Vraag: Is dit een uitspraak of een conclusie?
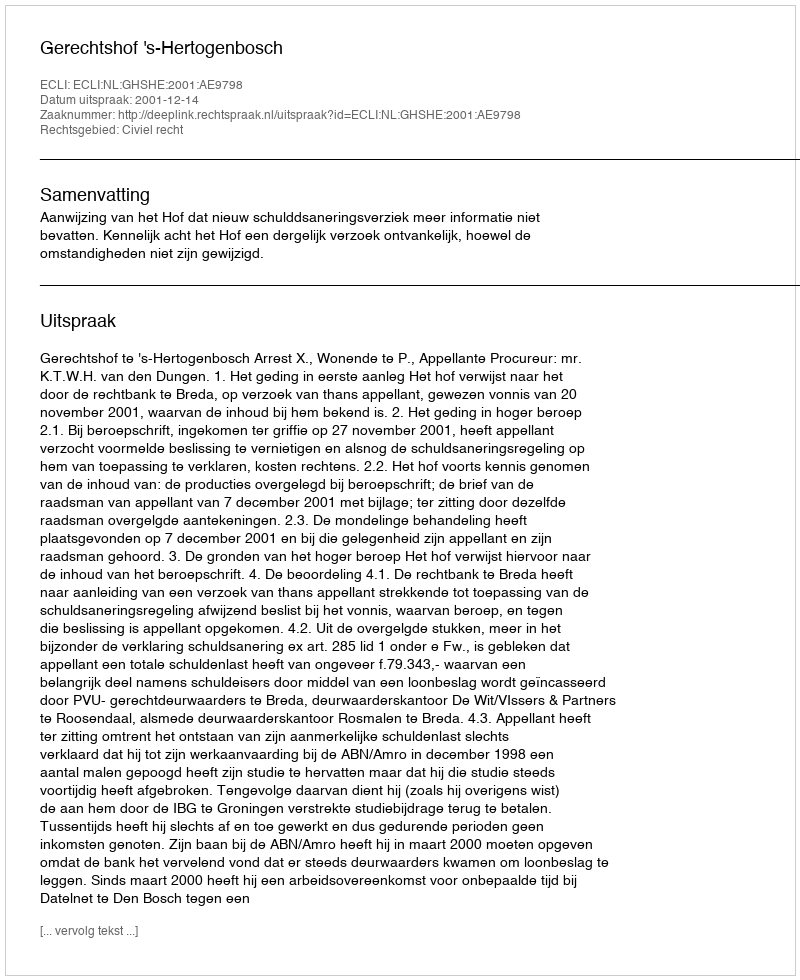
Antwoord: Uitspraak